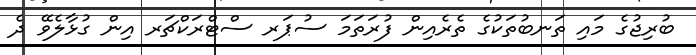
ބުރިިޖުގެ މައި ތަނބުތަކުގެ ތެރެއިން ފުރަތަމަ ސުޕަރ ސްޓްރަކްޗަރ އިން ގުޅާލެވޭ ދެ